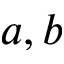
a , b